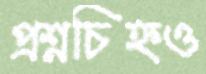
প্রশ্নচিহ্নও